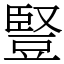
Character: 豎